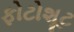
ફોટોશૂટ